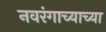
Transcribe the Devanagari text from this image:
नवरंगाच्याच्या